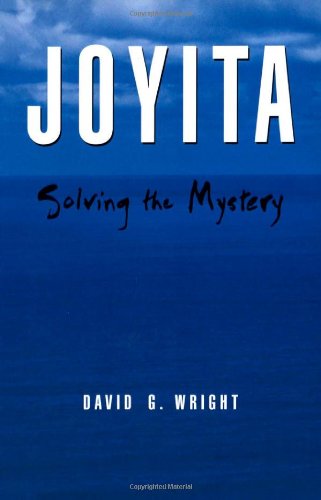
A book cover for Joyita: Solving the Mystery; David Wright; History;